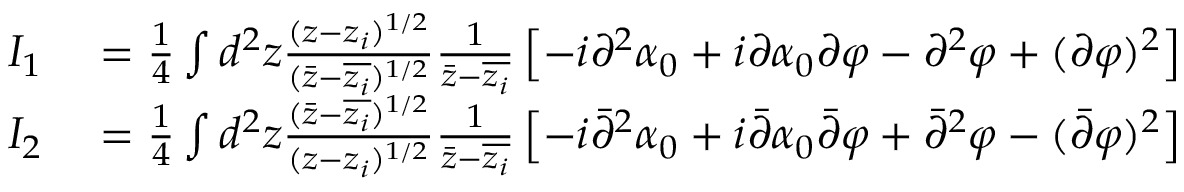
\begin{array} { r l } { I _ { 1 } } & { { } = \frac { 1 } { 4 } \int d ^ { 2 } z \frac { ( z - z _ { i } ) ^ { 1 / 2 } } { ( \bar { z } - \overline { { z _ { i } } } ) ^ { 1 / 2 } } \frac { 1 } { \bar { z } - \overline { { z _ { i } } } } \left[ - i \partial ^ { 2 } \alpha _ { 0 } + i \partial \alpha _ { 0 } \partial \varphi - \partial ^ { 2 } \varphi + ( \partial \varphi ) ^ { 2 } \right] } \\ { I _ { 2 } } & { { } = \frac { 1 } { 4 } \int d ^ { 2 } z \frac { ( \bar { z } - \overline { { z _ { i } } } ) ^ { 1 / 2 } } { ( z - z _ { i } ) ^ { 1 / 2 } } \frac { 1 } { \bar { z } - \overline { { z _ { i } } } } \left[ - i \bar { \partial } ^ { 2 } \alpha _ { 0 } + i \bar { \partial } \alpha _ { 0 } \bar { \partial } \varphi + \bar { \partial } ^ { 2 } \varphi - ( \bar { \partial } \varphi ) ^ { 2 } \right] } \end{array}